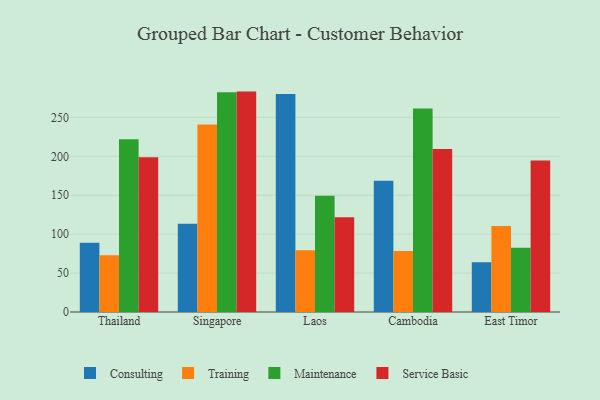
{"axis": {"x": "Country", "y": "Active Users"}, "legend": ["Consulting", "Maintenance", "Service Basic", "Training"], "data": [{"x": "Thailand", "y": 88.9, "type": "Consulting"}, {"x": "Thailand", "y": 73.0, "type": "Training"}, {"x": "Thailand", "y": 222.0, "type": "Maintenance"}, {"x": "Thailand", "y": 198.7, "type": "Service Basic"}, {"x": "Singapore", "y": 113.5, "type": "Consulting"}, {"x": "Singapore", "y": 240.7, "type": "Training"}, {"x": "Singapore", "y": 282.2, "type": "Maintenance"}, {"x": "Singapore", "y": 283.1, "type": "Service Basic"}, {"x": "Laos", "y": 280.1, "type": "Consulting"}, {"x": "Laos", "y": 79.2, "type": "Training"}, {"x": "Laos", "y": 149.2, "type": "Maintenance"}, {"x": "Laos", "y": 121.7, "type": "Service Basic"}, {"x": "Cambodia", "y": 168.5, "type": "Consulting"}, {"x": "Cambodia", "y": 78.3, "type": "Training"}, {"x": "Cambodia", "y": 261.4, "type": "Maintenance"}, {"x": "Cambodia", "y": 209.3, "type": "Service Basic"}, {"x": "East Timor", "y": 63.8, "type": "Consulting"}, {"x": "East Timor", "y": 110.5, "type": "Training"}, {"x": "East Timor", "y": 82.4, "type": "Maintenance"}, {"x": "East Timor", "y": 194.5, "type": "Service Basic"}]}